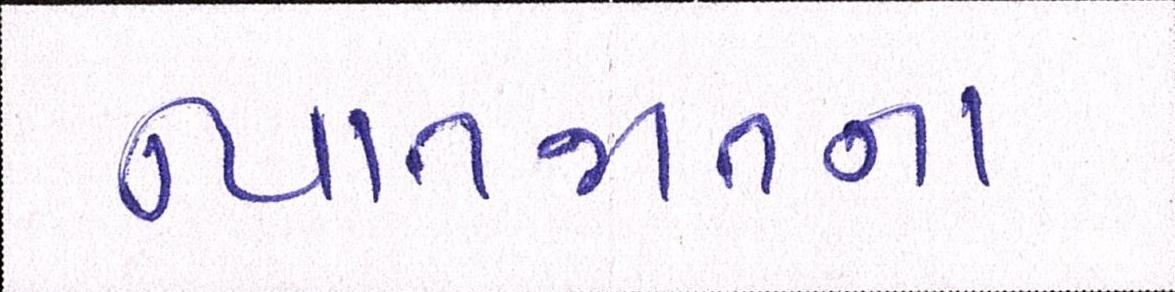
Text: ન્યાતજાતના